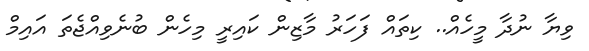
ވިޔާ ނުދާ މީހެއް.. ކިތައް ފަހަރު މާޒިން ކައިރީ މިހެން ބުނެވިއްޖެތަ އައިމް